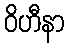
ဝိဟီနာ